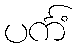
ပင်္ကံ